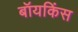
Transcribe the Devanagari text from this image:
बॉयकिंस